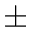
\pm